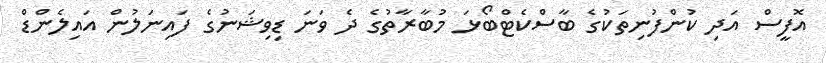
އޮފީސް އަދި ކުންފުނިތަކުގެ ބާސްކެޓްބޯޅަ މުބާރާތުގެ ދެ ވަނަ ޑިވިޝަނުގެ ފައިނަލުން އައިލެންޑް